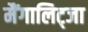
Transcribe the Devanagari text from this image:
मैंगालिट्जा